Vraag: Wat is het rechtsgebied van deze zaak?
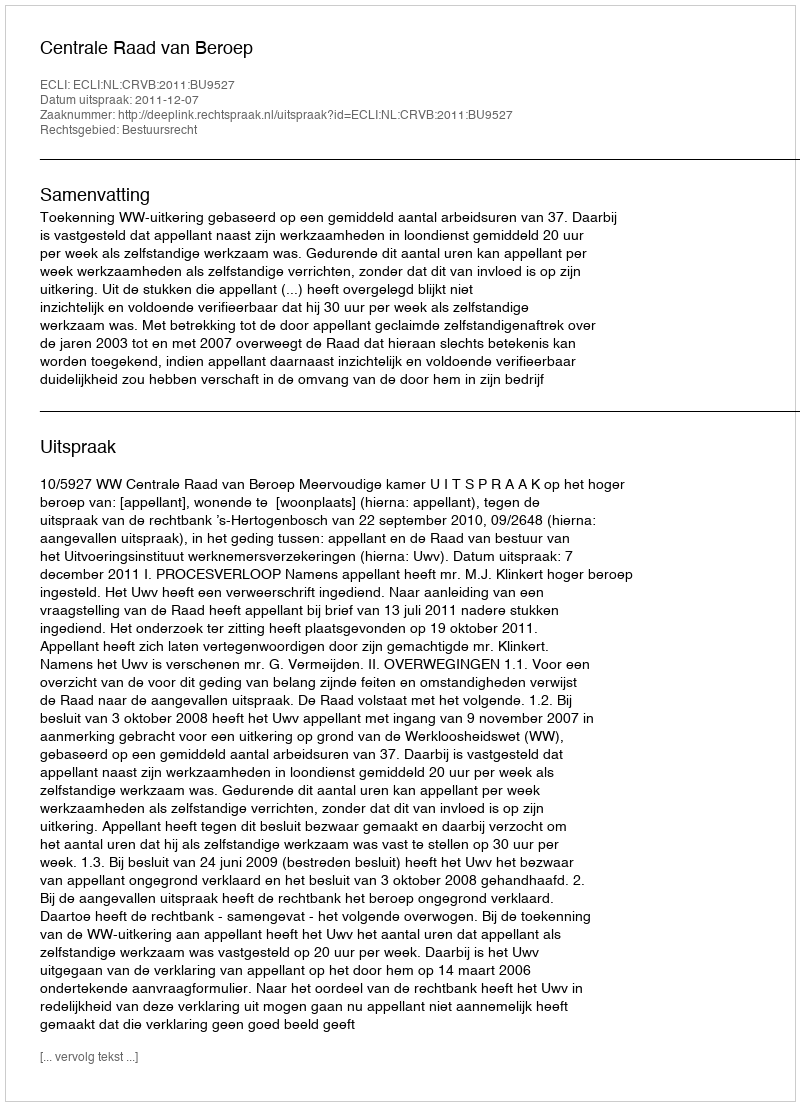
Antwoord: Bestuursrecht